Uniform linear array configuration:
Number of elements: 4
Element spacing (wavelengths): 0.25
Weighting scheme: binomial
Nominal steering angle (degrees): -30
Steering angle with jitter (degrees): -28.521
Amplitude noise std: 0.05
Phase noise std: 0.05

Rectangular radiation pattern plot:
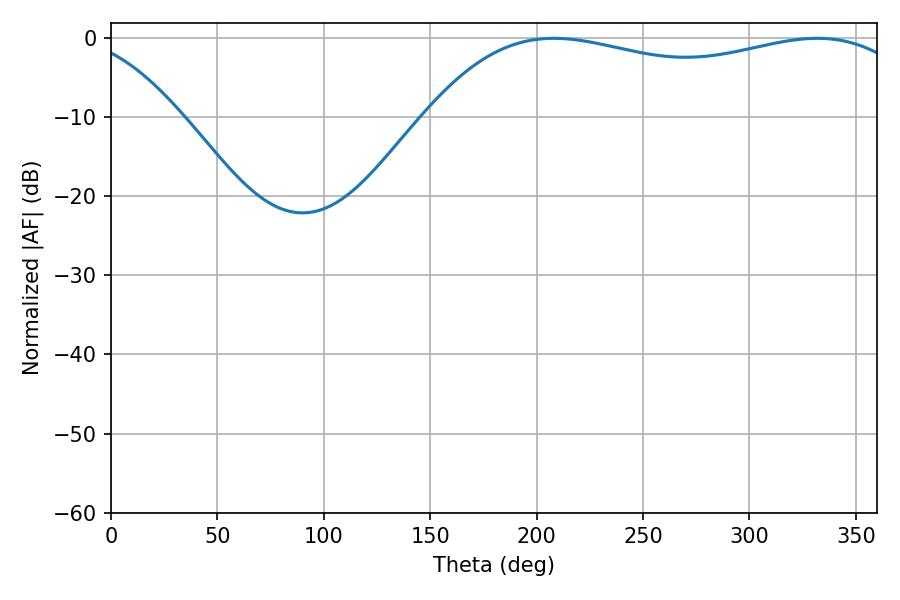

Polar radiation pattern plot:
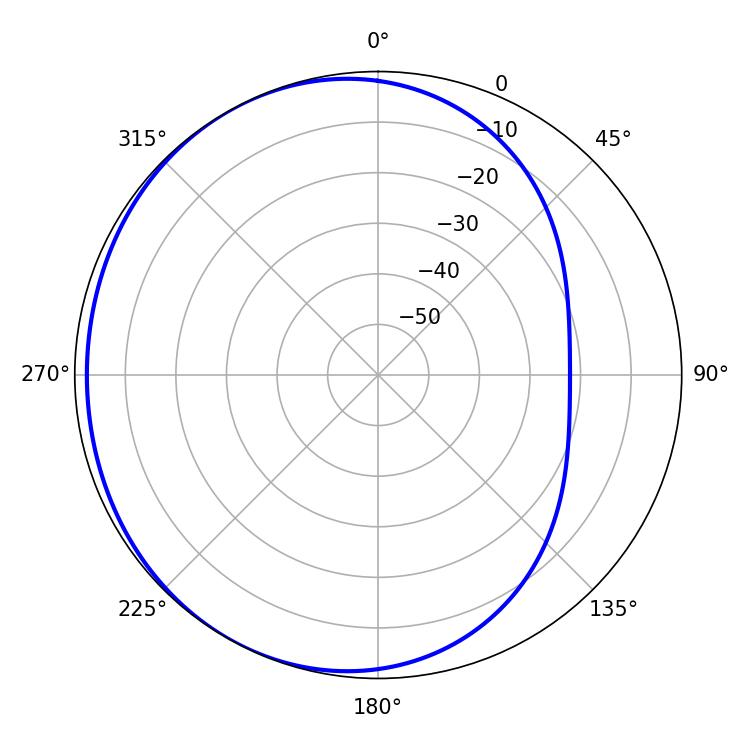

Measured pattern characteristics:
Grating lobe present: FALSE
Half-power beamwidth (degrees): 187.02
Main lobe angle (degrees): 208.08